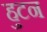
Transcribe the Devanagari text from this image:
हुटन